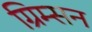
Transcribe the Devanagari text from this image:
ग्रिम्सन